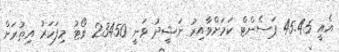
އެއީ 45.45 ޕަސެންޓް ކަމަށްވާއިރު ނަޝީދު ވަނީ 23450 ވޯޓު މިފަހަރު އިތުރަށް